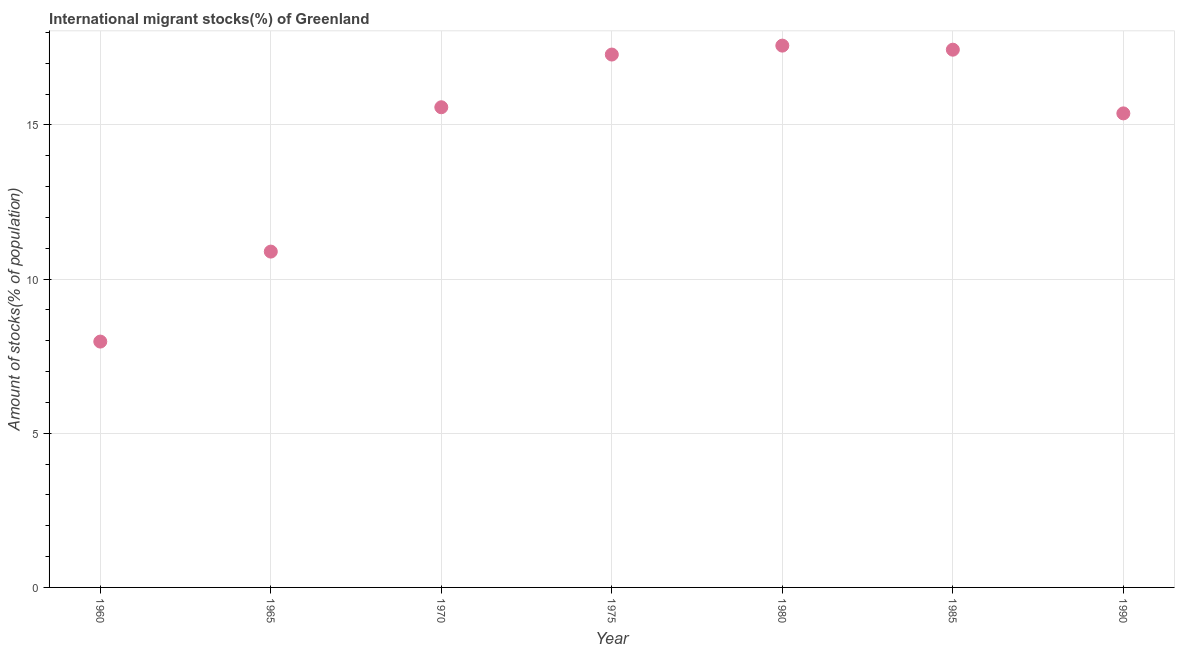
| Year | International migrant stock |
 | --- | --- |
 | 1960 | 7.97 |
 | 1965 | 10.9 |
 | 1970 | 15.6 |
 | 1975 | 17.3 |
 | 1980 | 17.6 |
 | 1985 | 17.4 |
 | 1990 | 15.4 |